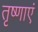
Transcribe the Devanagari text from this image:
तृष्णाएं